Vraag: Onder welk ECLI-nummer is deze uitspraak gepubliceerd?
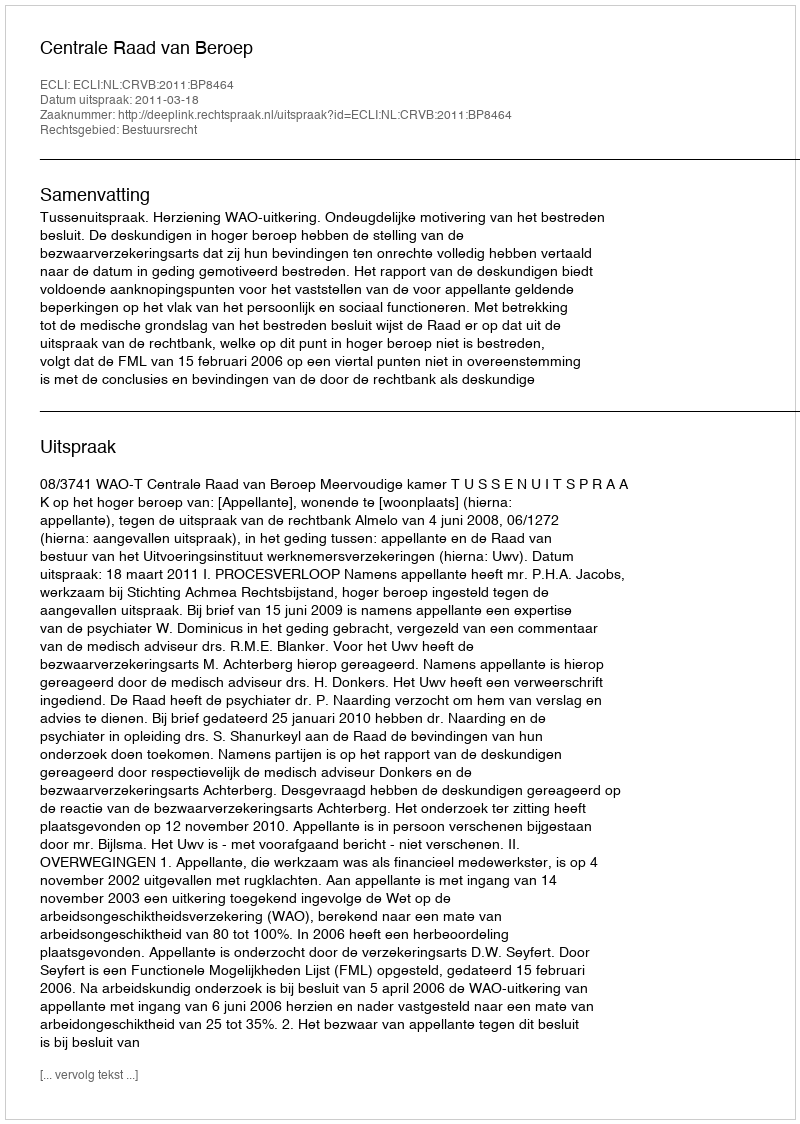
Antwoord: ECLI:NL:CRVB:2011:BP8464